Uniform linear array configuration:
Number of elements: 12
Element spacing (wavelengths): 0.25
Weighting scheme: uniform
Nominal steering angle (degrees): -15
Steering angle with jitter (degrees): -15.867
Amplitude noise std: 0.05
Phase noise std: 0.05

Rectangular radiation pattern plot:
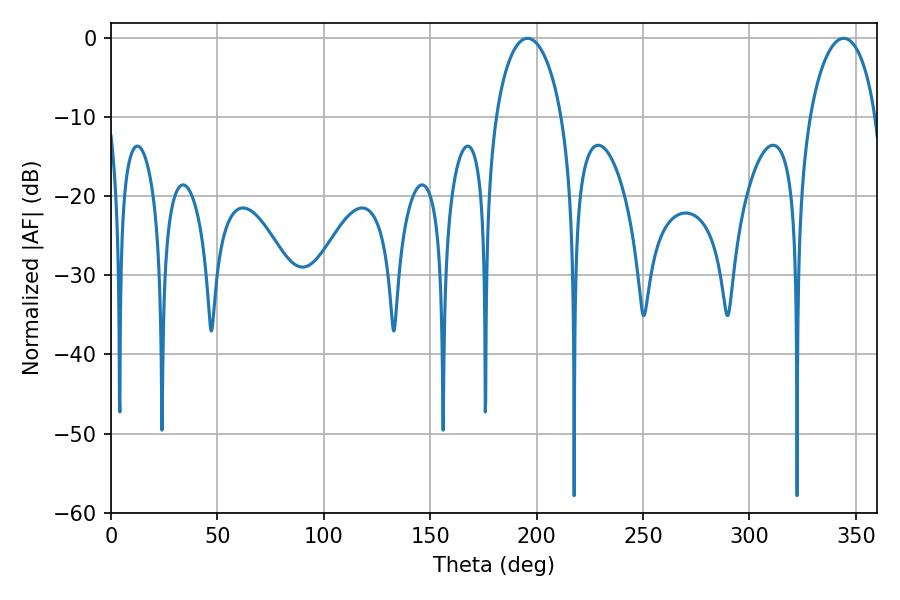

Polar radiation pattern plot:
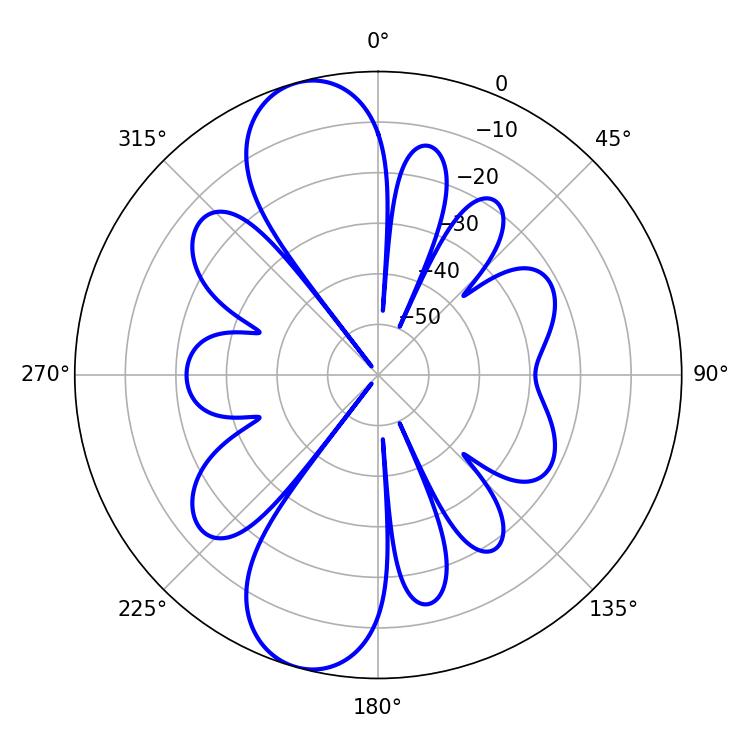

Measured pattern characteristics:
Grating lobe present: FALSE
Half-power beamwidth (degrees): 17.82
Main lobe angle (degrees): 195.66